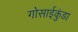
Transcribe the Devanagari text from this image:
गोसाईकुंडा